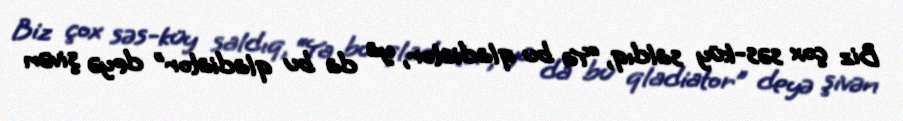
Biz çox səs-küy saldıq, “Ya bu qladiator, ya da bu qladiator” deyə şivən